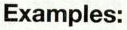
Examples: